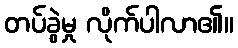
တပ်ခွဲမှု လိုက်ပါလာ၏။